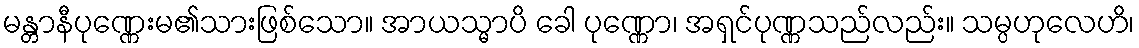
မန္တာနီပုဏ္ဏေးမ၏သားဖြစ်သော။ အာယသ္မာပိ ခေါ ပုဏ္ဏော၊ အရှင်ပုဏ္ဏသည်လည်း။ သမ္ပဟုလေဟိ၊